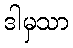
ဒါမှသာ